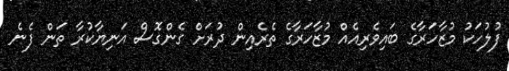
ފުލުހަކު މުޒާހަރާގެ ބައިވެރިއެއް މުޒާހަރާގެ ތެރެއިން ދުރަށް ގެންގޮސް އަނިޔާކުރާ ތަން ފެނެ